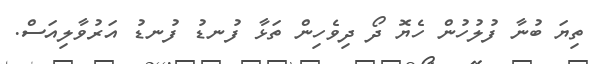
ތިޔަ ބުނާ ފުލުހުން ހެޔޮ ދޯ ދިވެހިން ތަޅާ ފުނޑު ފުނޑު އަރުވާލިއަސް.